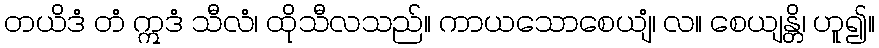
တယိဒံ တံ ဣဒံ သီလံ၊ ထိုသီလသည်။ ကာယသောစေယျံ၊ လ။ စေယျန္တိ၊ ဟူ၍။